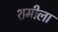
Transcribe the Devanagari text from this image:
शमीला